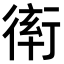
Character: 𧗵